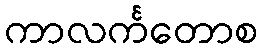
ကာလင်္ကတောစ